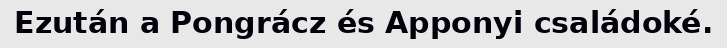
Ezután a Pongrácz és Apponyi családoké.